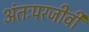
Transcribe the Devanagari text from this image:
अंतःपरजीवी